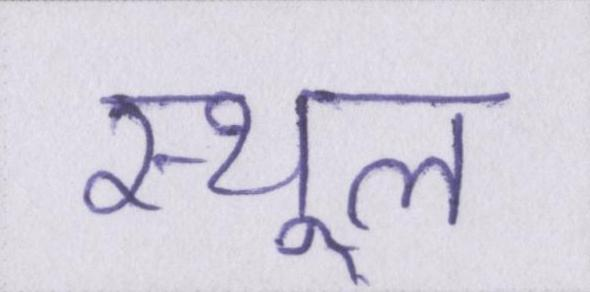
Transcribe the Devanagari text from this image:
स्थूल